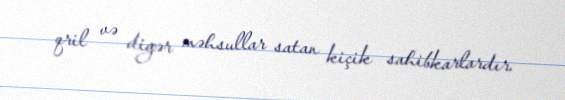
qril və digər məhsullar satan kiçik sahibkarlardır.